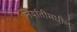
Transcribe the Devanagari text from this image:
निर्यातीमधील